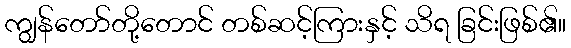
ကျွန်တော်တို့တောင် တစ်ဆင့်ကြားနှင့် သိရ ခြင်းဖြစ်၏။